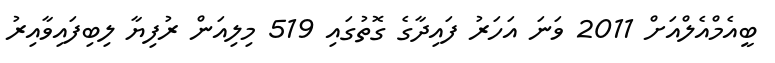
ބީއެމްއެލްއަށް 2011 ވަނަ އަހަރު ފައިދާގެ ގޮތުގައި 519 މިލިއަން ރުފިޔާ ލިބިފައިވާއިރު